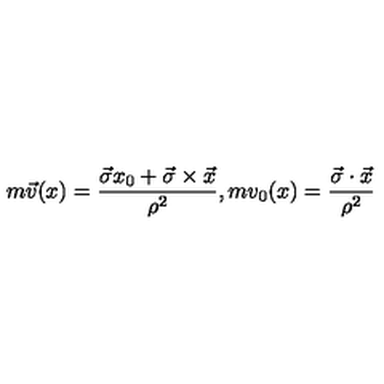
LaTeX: m \vec { v } ( x ) = \frac { \vec { \sigma } x _ { 0 } + \vec { \sigma } \times \vec { x } } { \rho ^ { 2 } } , m v _ { 0 } ( x ) = \frac { \vec { \sigma } \cdot \vec { x } } { \rho ^ { 2 } }